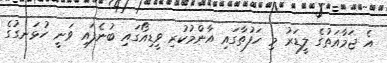
އެ ޖަމާއަތުގެ ލީޑަރު މި ހަފުތާގައި އާންމުކުރި ވީޑިއޯގައި ބުނެފައި ވަނީ ހުޅަނގުގެ